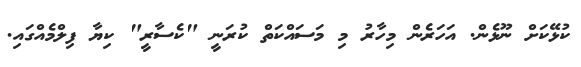
ކުޅޭކަށް ނޫޅެން. އަހަރެން މިހާރު މި މަސައްކަތް ކުރަނީ "ކެސާރީ" ކިޔާ ފިލްމެއްގައި.